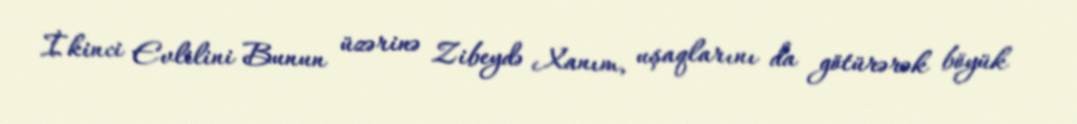
İkinci Evlilini Bunun üzərinə Zibeydə Xanım, uşaqlarını da götürərək böyük